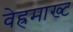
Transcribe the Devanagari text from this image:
वेह्रमाख्ट